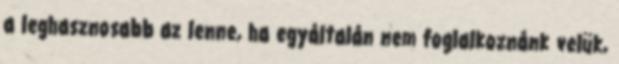
a leghasznosabb az lenne, ha egyáltalán nem foglalkoznánk velük,